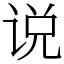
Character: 说